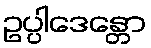
ဥပ္ပါဒေန္တော